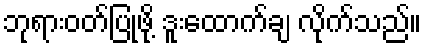
ဘုရားဝတ်ပြုဖို့ ဒူးထောက်ချ လိုက်သည်။